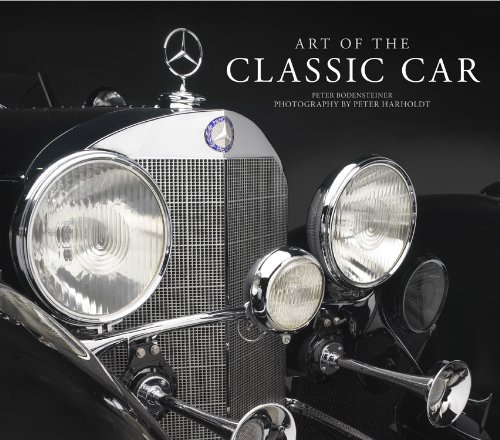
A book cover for Art of the Classic Car; Peter Bodensteiner; Crafts, Hobbies & Home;